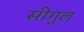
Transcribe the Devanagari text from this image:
सीगुल